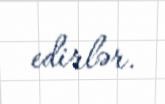
edirlər.